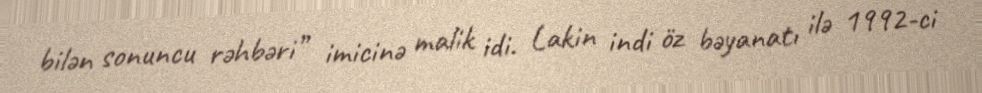
bilən sonuncu rəhbəri” imicinə malik idi. Lakin indi öz bəyanatı ilə 1992-ci